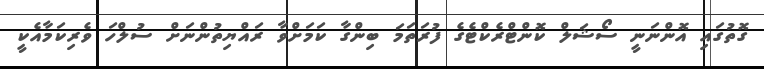
ގޮތުގައި އޮންނަނީ ސޯޝަލް ކޮންޓްރެކްޓެގެ ފުރަތަމަ ބިންގާ ކަމަށްވާ ރައްޔިތުންނަށް ސުލްހަ ވެރިކަމާއެކީ